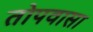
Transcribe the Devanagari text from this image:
तोपवासा